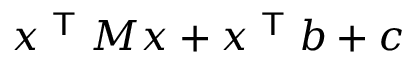
x ^ { \textsf { T } } M x + x ^ { \textsf { T } } b + c